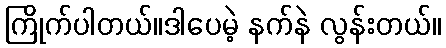
ကြိုက်ပါတယ်။ဒါပေမဲ့ နက်နဲ လွန်းတယ်။